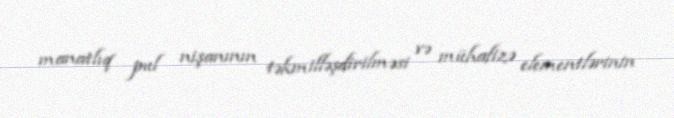
manatlıq pul nişanının təkmilləşdirilməsi və mühafizə elementlərinin